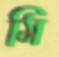
মি